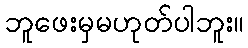
ဘူဖေးမှမဟုတ်ပါဘူး။